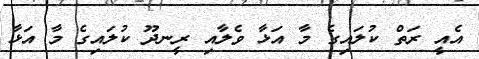
އެއީ ރަތް ކުލައިގެ މާ އަޅާ ވެލާއި ރީނދޫ ކުލައިގެ މާ އަޅާ